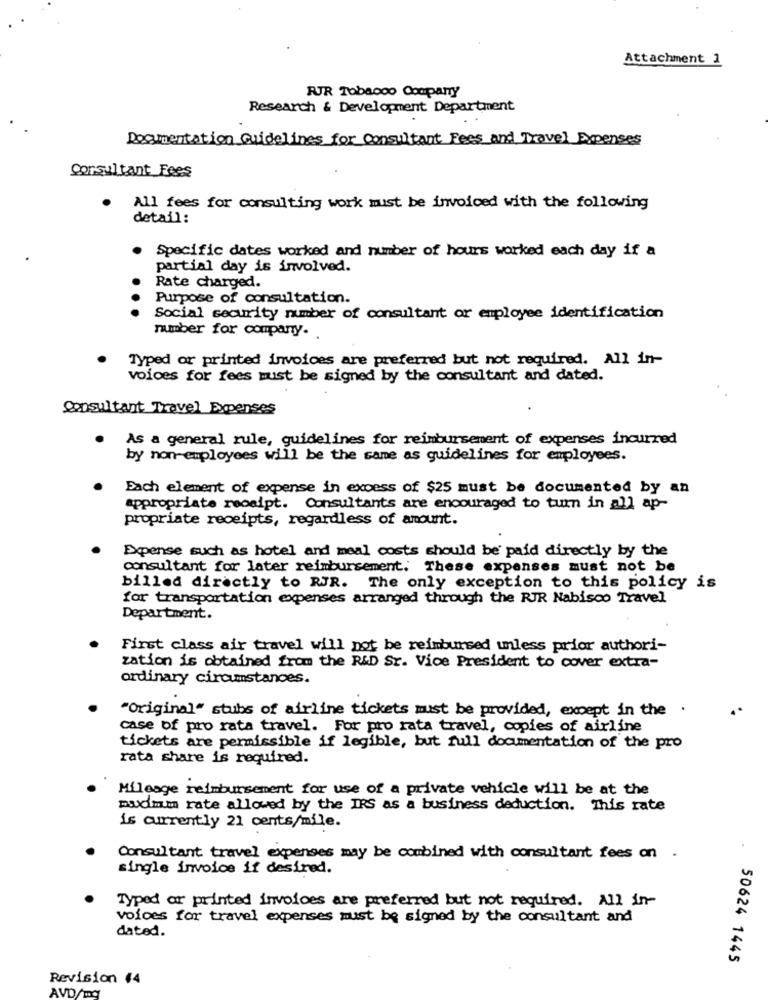
Attachment 1
RUJR Tobacco Company
Research & Development Department
Documentation Guidelines for Consultant Fees and Travel Expenses
Consultant Fees
All fees for consulting work must be invoiced with the following
detail:
Specific dates worked and number of hours worked each day if a
partial day is involved.
Rate charged.
Purpose of consultation.
Social security number of consultant or employee identification
number for company.
Typed or printed invoices are preferred but not required. All in-
voices for fees must be signed by the consultant and dated.
Consultant Travel Expenses
As a general rule, guidelines for reimbursement of expenses incurred
by non-employees will be the same as guidelines for employees.
Each element of expense in excess of $25 must be documented by an
appropriate receipt. Consultants are encouraged to turn in all ap-
propriate receipts, regardless of amount.
Expense such as hotel and meal costs should be paid directly by the
consultant for later reimbursement. These expenses must not be
billed directly to RJR. The only exception to this policy is
for transportation expenses arranged through the RJR Nabisco Travel
Department.
First class air travel will not be reimbursed unless prior authori-
zation is obtained from the R&D Sr. Vice President to cover extra-
ordinary circumstances.
"Original" stubs of airline tickets must be provided, except in the
case of pro rata travel. For pro rata travel, copies of airline
tickets are permissible if legible, but full documentation of the pro
rata share is required.
Mileage reimbursement for use of a private vehicle will be at the
maximum rate allowed by the IRS as a business deduction. This rate
is currently 21 cents/mile.
Consultant travel expenses may be combined with consultant fees on .
single invoice if desired.
Typed or printed invoices are preferred but not required. All in-
voices for travel expenses must be signed by the consultant and
dated.
50624 1445
Revision 44
AVD/mg